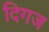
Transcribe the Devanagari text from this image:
दिगज